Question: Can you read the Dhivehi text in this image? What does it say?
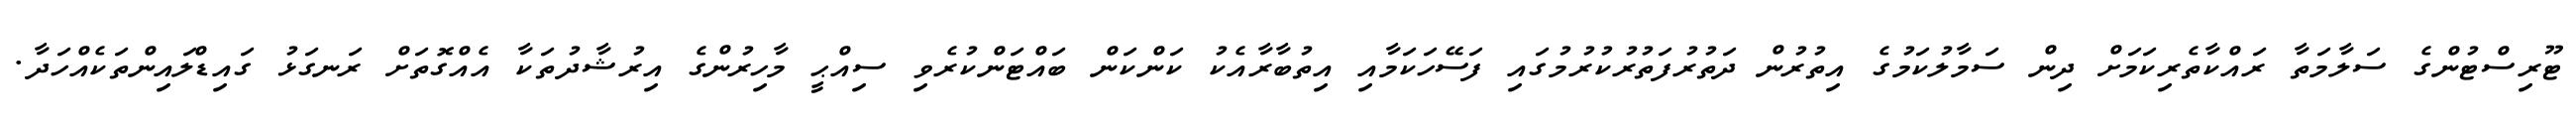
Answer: ޓޫރިސްޓުންގެ ސަލާމަތާ ރައްކާތެރިކަމަށް ދިން ސަމާލުކަމުގެ އިތުރުން ދަތުރުފަތުރުކުރުމުގައި ފަސޭހަކަމާއި އިތުބާރާއެކު ކަންކަން ބައްޓަންކުރެވި ސިއްޙީ މާހިރުންގެ އިރުޝާދުތަކާ އެއްގޮތަށް ރަނގަޅު ގައިޑްލައިންތަކެއްހަދާ.